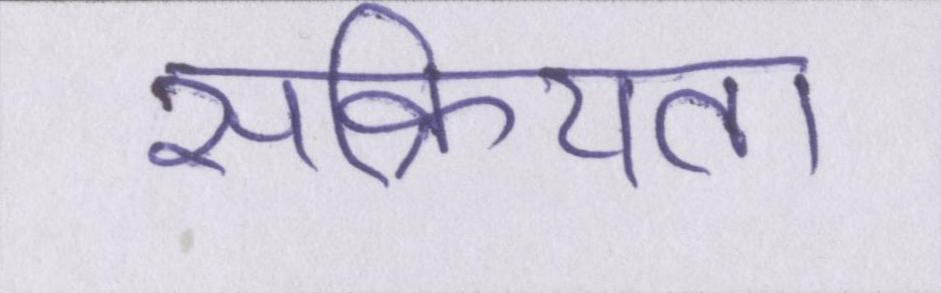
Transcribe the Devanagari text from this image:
सक्रियता